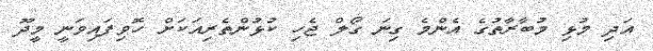
އަދި މުޅި މުބާރާތުގެ އެންމެ ގިނަ ގޯލް ޖެހި ކުޅުންތެރިއަކަަށް ހޮވިފައިވަނީ މީދޫ